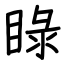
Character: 睩